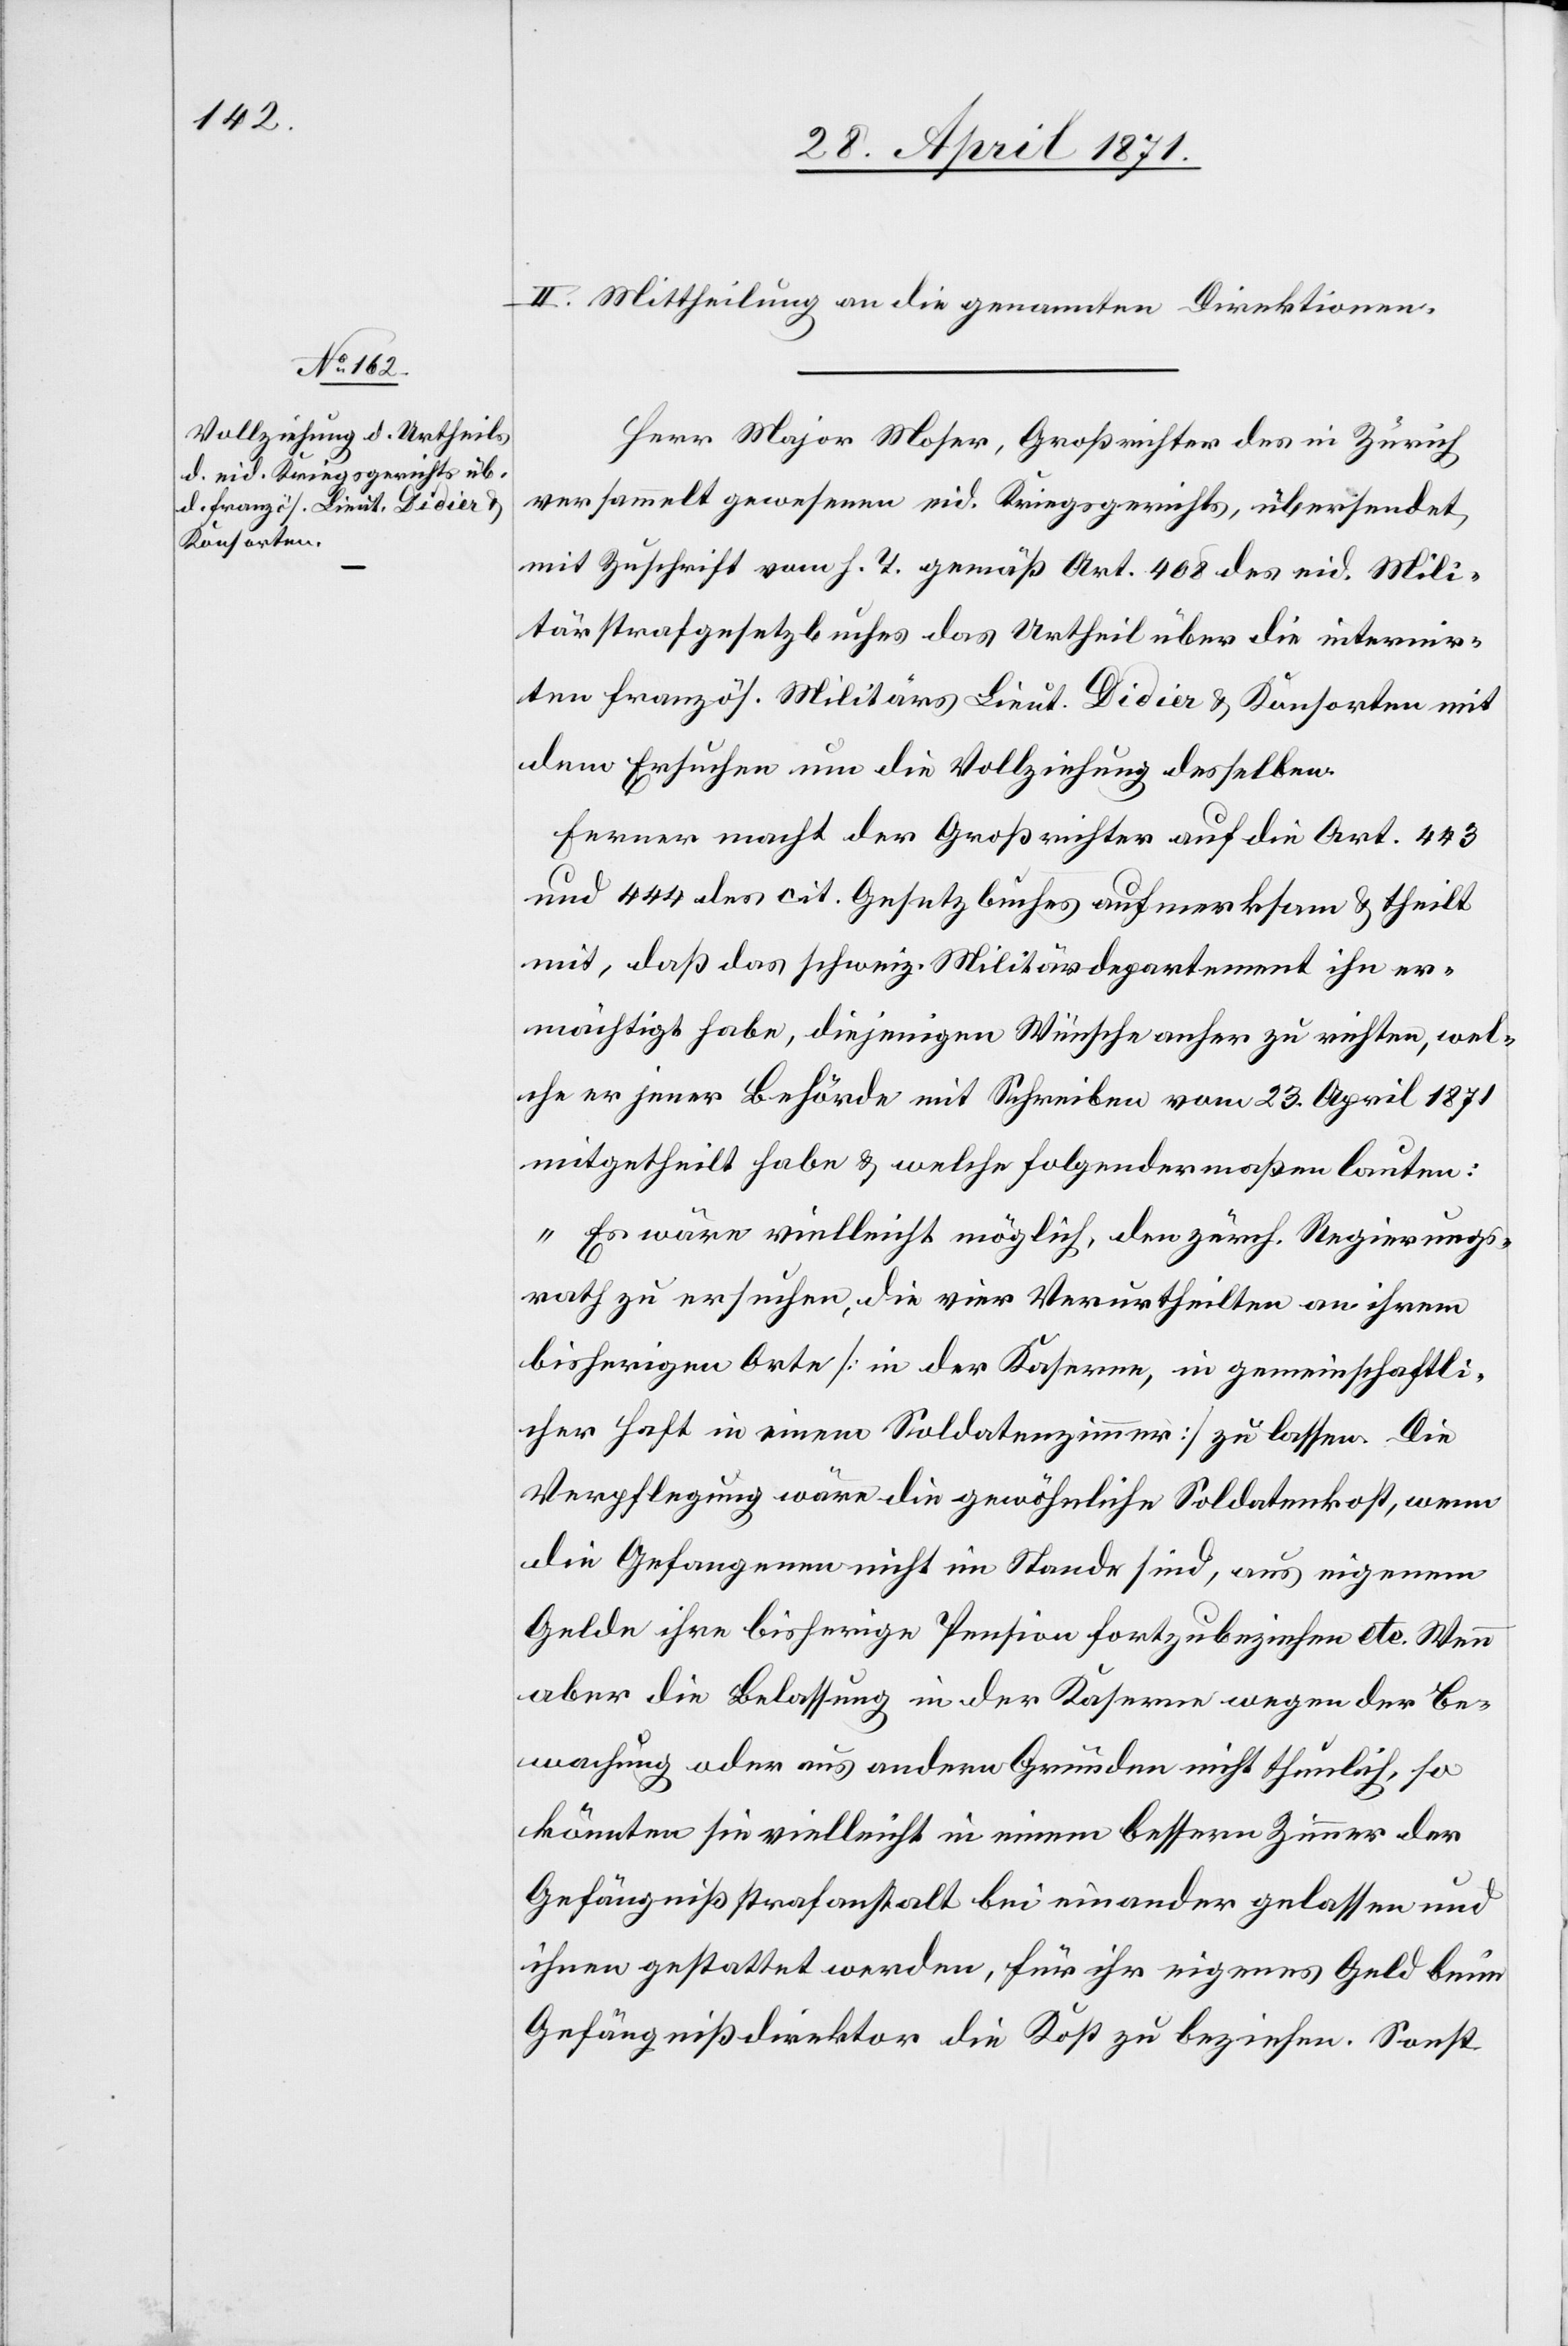
II. Mittheilung an die genannten Direktionen.